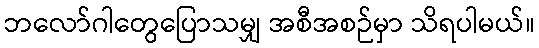
ဘလော်ဂါတွေပြောသမျှ အစီအစဉ်မှာ သိရပါမယ်။